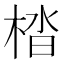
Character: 㭼